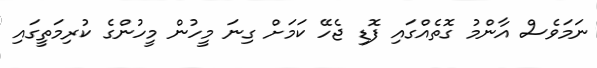
ނަމަވެސް އާންމު ގޮތެއްގައި ފޮޑި ޖެހޭ ކަމަށް ގިނަ މީހުން މީހުންގެ ކުރިމަތީގައި